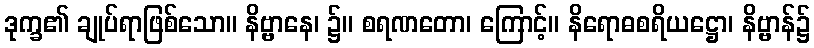
ဒုက္ခ၏ ချုပ်ရာဖြစ်သော။ နိဗ္ဗာနေ၊ ၌။ စရဏတော၊ ကြောင့်။ နိရောဓစရိယဋ္ဌော၊ နိဗ္ဗာန်၌